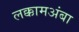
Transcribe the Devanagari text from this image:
लक्कामअंबा